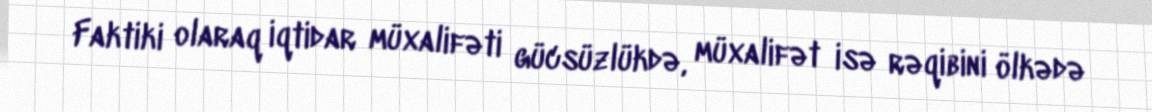
Faktiki olaraq iqtidar müxalifəti gücsüzlükdə, müxalifət isə rəqibini ölkədə